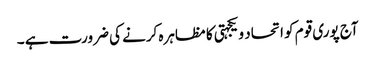
آج پوری قوم کو اتحاد و یکجہتی کا مظاہرہ کرنے کی ضرورت ہے ۔